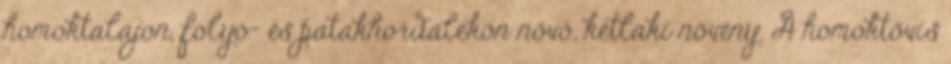
homoktalajon, folyó- és patakhordalékon növő, kétlaki növény. A homoktövis